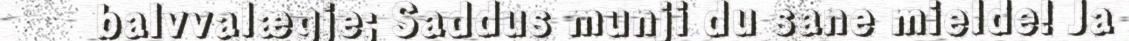
balvvalægje; Saddus munji du sane mielde! Ja